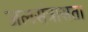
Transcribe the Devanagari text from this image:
जलसंत्रासता